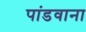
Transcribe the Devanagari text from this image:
पांडवाना